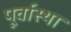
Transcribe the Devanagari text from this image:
पूर्वास्था